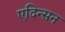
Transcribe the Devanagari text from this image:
एदिन्सन